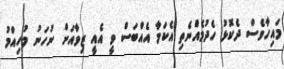
މައިހާވެސް ދެކޮޅު ހެދުމެއްނެތި އެކަމާ އެއްބަސް ވީ އެއީ ޒިވާއަށް ނުހަނު މުހިއްމު